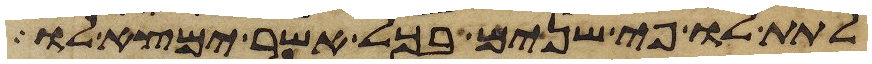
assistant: לתת לו פי שנים בכל אשר ימצא לו